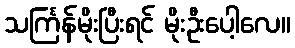
သင်္ကြန်မိုးပြီးရင် မိုးဦးပေါ့လေ။